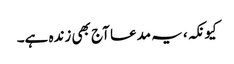
کیونکہ، یہ مدعا آج بھی زندہ ہے۔